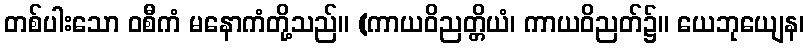
တစ်ပါးသော ဝစီကံ မနောကံတို့သည်။ (ကာယဝိညတ္တိယံ၊ ကာယဝိညတ်၌။ ယေဘုယျေန၊